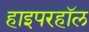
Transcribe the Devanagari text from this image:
हाइपरहॉल